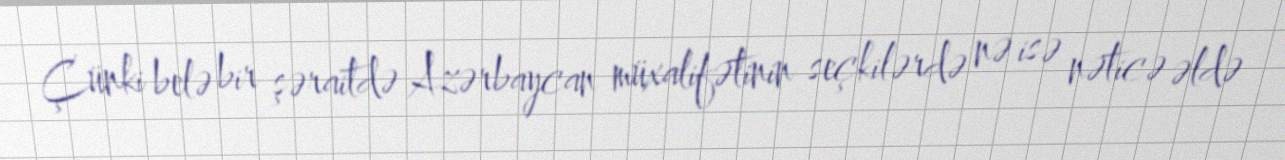
Çünki belə bir şəraitdə Azərbaycan müxalifətinin seçkilərdə nə isə nəticə əldə